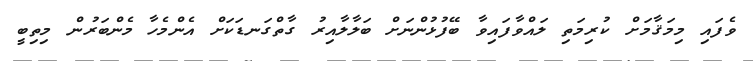
ވެފައި މިމަޤާމަށް ކުރިމަތި ލައްވާފައިވާ ބޭފުޅުންނަށް ބަލާލާއިރު ގާތްގަނޑަކަށް އެންމެހާ މެންބަރުން މިތިބީ